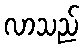
လာသည်